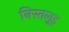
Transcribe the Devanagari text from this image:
निस्तल्रूइ